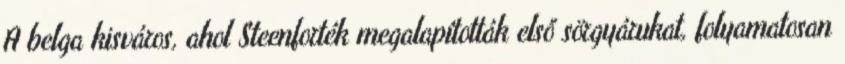
A belga kisváros, ahol Steenforték megalapították első sörgyárukat, folyamatosan